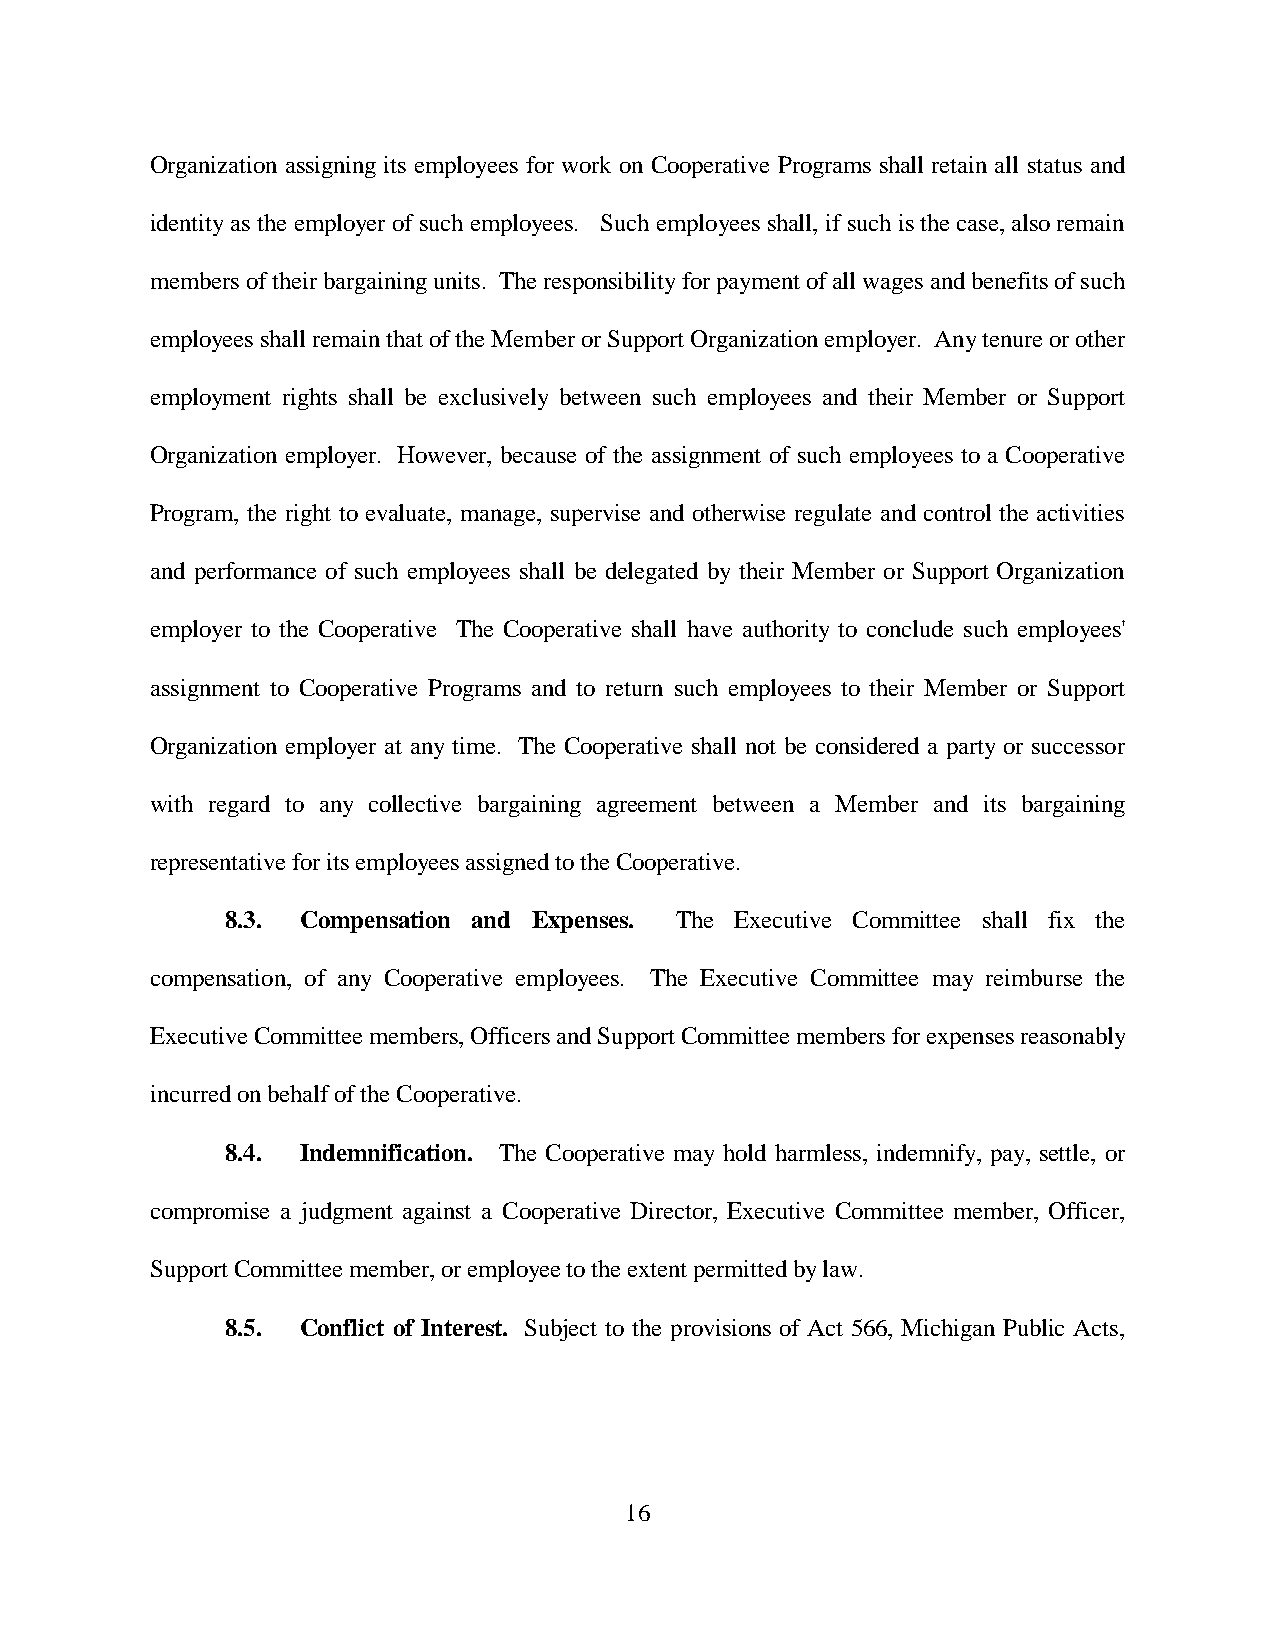
Organization assigning its employees for work on Cooperative Programs shall retain all status and
 identity as the employer of such employees. Such employees shall, if such is the case, also remain
 members of their bargaining units. The responsibility for payment of all wages and benefits of such
 employees shall remain that of the Member or Support Organization employer. Any tenure or other
 employment rights shall be exclusively between such employees and their Member or Support
 Organization employer. However, because of the assignment of such employees to a Cooperative
 Program, the right to evaluate, manage, supervise and otherwise regulate and control the activities
 and performance of such employees shall be delegated by their Member or Support Organization
 employer to the Cooperative The Cooperative shall have authority to conclude such employees'
 assignment to Cooperative Programs and to return such employees to their Member or Support
 Organization employer at any time. The Cooperative shall not be considered a party or successor
 with regard to any collective bargaining agreement between a Member and its bargaining
 representative for its employees assigned to the Cooperative.
 8.3. Compensation and Expenses. The Executive Committee shall fix the
 compensation, of any Cooperative employees. The Executive Committee may reimburse the
 Executive Committee members, Officers and Support Committee members for expenses reasonably
 incurred on behalf of the Cooperative.
 8.4. Indemnification. The Cooperative may hold harmless, indemnify, pay, settle, or
 compromise a judgment against a Cooperative Director, Executive Committee member, Officer,
 Support Committee member, or employee to the extent permitted by law.
 8.5. Conflict of Interest. Subject to the provisions of Act 566, Michigan Public Acts,
 16